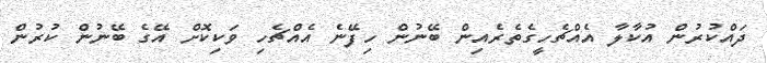
ދައްކުރުން އުކާލާ އެއްޗެހީގެތެރެއިން ބޭނުން ހިފޭނެ އެއްޗެހި ވަކިކޮށް އޭގެ ބޭނުން ކުރުން